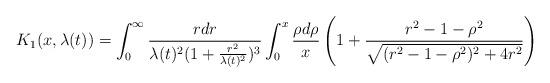
LaTeX: \begin{align*}K_{1}(x,\lambda(t))&=\int_{0}^{\infty} \frac{r dr}{\lambda(t)^{2}(1+\frac{r^{2}}{\lambda(t)^{2}})^{3}} \int_{0}^{x} \frac{\rho d\rho}{x} \left(1+\frac{r^{2}-1-\rho^{2}}{\sqrt{(r^{2}-1-\rho^{2})^{2}+4r^{2}}}\right)\end{align*}